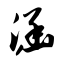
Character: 涵